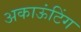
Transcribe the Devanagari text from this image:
अकाऊंटिंग